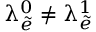
\uplambda _ { \tilde { e } } ^ { 0 } \neq \uplambda _ { \tilde { e } } ^ { 1 }